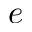
e